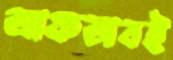
আফতাবই